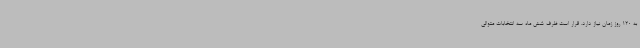
به 120 روز زمان نیاز دارد. قرار است ظرف شش ماه سه انتخابات متوالی